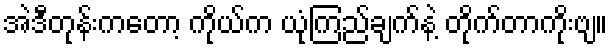
အဲဒီတုန်းကတော့ ကိုယ်က ယုံကြည်ချက်နဲ့ တိုက်တာကိုးဗျ။